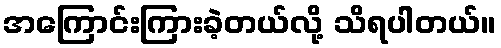
အကြောင်းကြားခဲ့တယ်လို့ သိရပါတယ်။